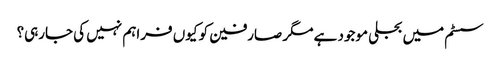
سسٹم میں بجلی موجود ہے مگر صارفین کو کیوں فراہم نہیں کی جارہی؟